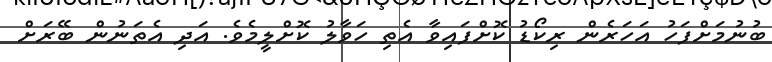
ބުނުމަށްފަހު އަހަރެން ރިކޯޑު ކޮށްފައިވާ އެތި ހަވާލު ކޮށްލީމެވެ. އަދި އެތަނުން ބޭރަށް